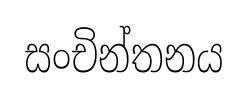
සංචින්තනය